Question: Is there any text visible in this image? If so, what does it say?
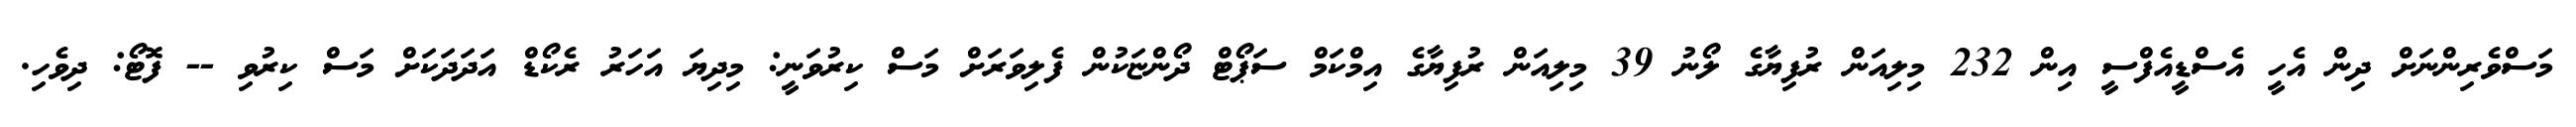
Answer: މަސްވެރިންނަށް ދިން އެހީ އެސްޑީއެފްސީ އިން 232 މިލިއަން ރުފިޔާގެ ލޯނު 39 މިލިއަން ރުފިޔާގެ އިމްކަމް ސަޕޯޓް ދޯންޏަކުން ފެލިވަރަށް މަސް ކިރުވަނީ: މިދިޔަ އަހަރު ރެކޯޑް އަދަދަކަށް މަސް ކިރުވި -- ފޮޓޯ: ދިވެހި.